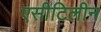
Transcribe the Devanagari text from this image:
एसीटिलीन